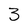
Character: 3